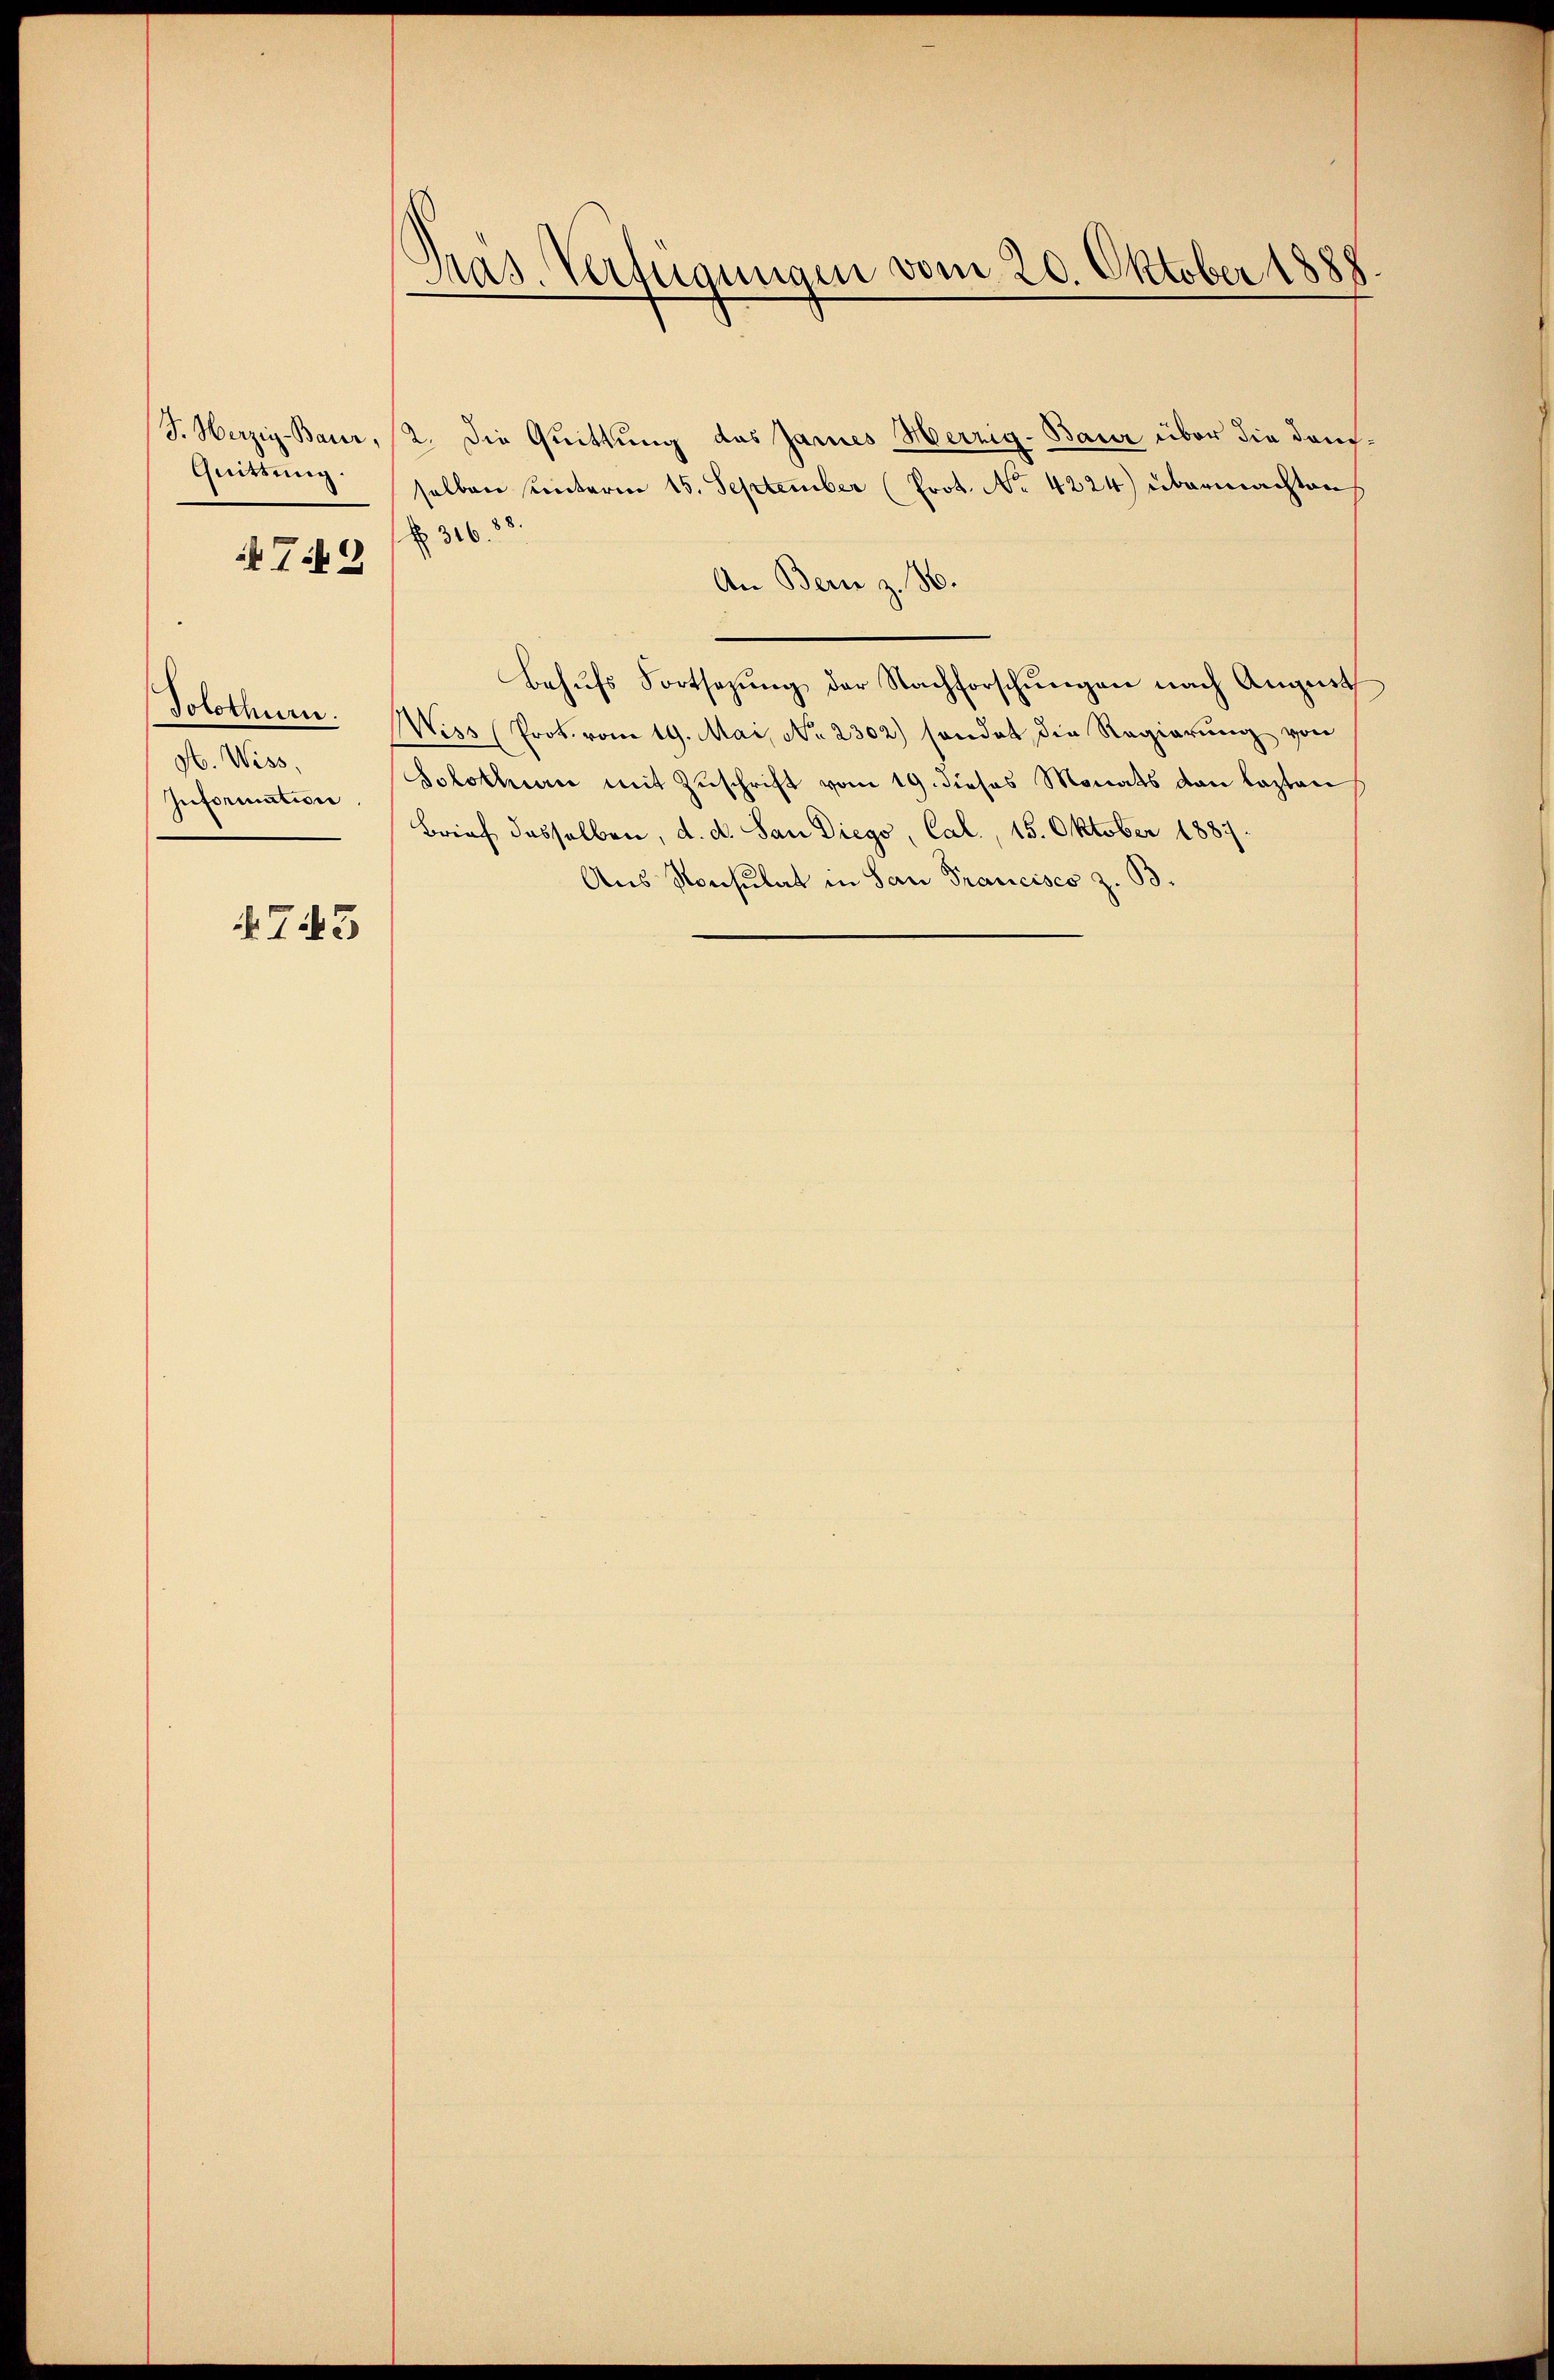
Quittung.

Tit. 2

Solothurer.
A. Wiss
Information.

4745

.
Pras. Verfügungen vom 20. Oktober 1888

F. Herzig-Baur, 12. Die Quittung des Jannes Herzig. Baur über die Donselben unterm 15. September (Prot. No. 4224) übermachten
No. 316. 88.
An Bern z. B.
Behufs Fortsezung der Nachforschungen nach August
Wiss (Prok. vom 19. Mai, No. 2302) sondet die Regierung von
Solothurn mit Zuschrift vom 19. dieses Monats den lasten
Brief dasselben, d. d. San Diego, Cal., 15. Oktober 1887
Aus Konsulat in San Francisco z. B.